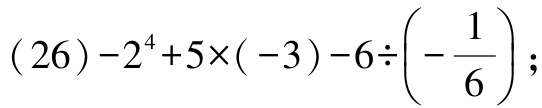
\((26)-2^{4}+5\times(-3)-6\div\left(-\frac{1}{6}\right);\)